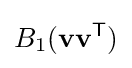
B_{1}(\mathbf {v} \mathbf {v} ^{\mathsf {T}})